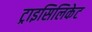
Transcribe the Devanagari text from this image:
ट्राइसिलिकेट